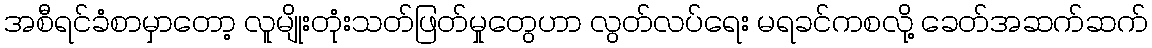
အစီရင်ခံစာမှာတော့ လူမျိုးတုံးသတ်ဖြတ်မှုတွေဟာ လွတ်လပ်ရေး မရခင်ကစလို့ ခေတ်အဆက်ဆက်